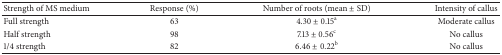
| Strength of MS medium | Response (%) | Number of roots (mean ± SD) | Intensity of callus |
 | --- | --- | --- | --- |
 | Full strength | 63 | 4.30 ± 0.15a | Moderate callus |
 | Half strength | 98 | 7.13 ± 0.56c | No callus |
 | 1/4 strength | 82 | 6.46 ± 0.22b | No callus |